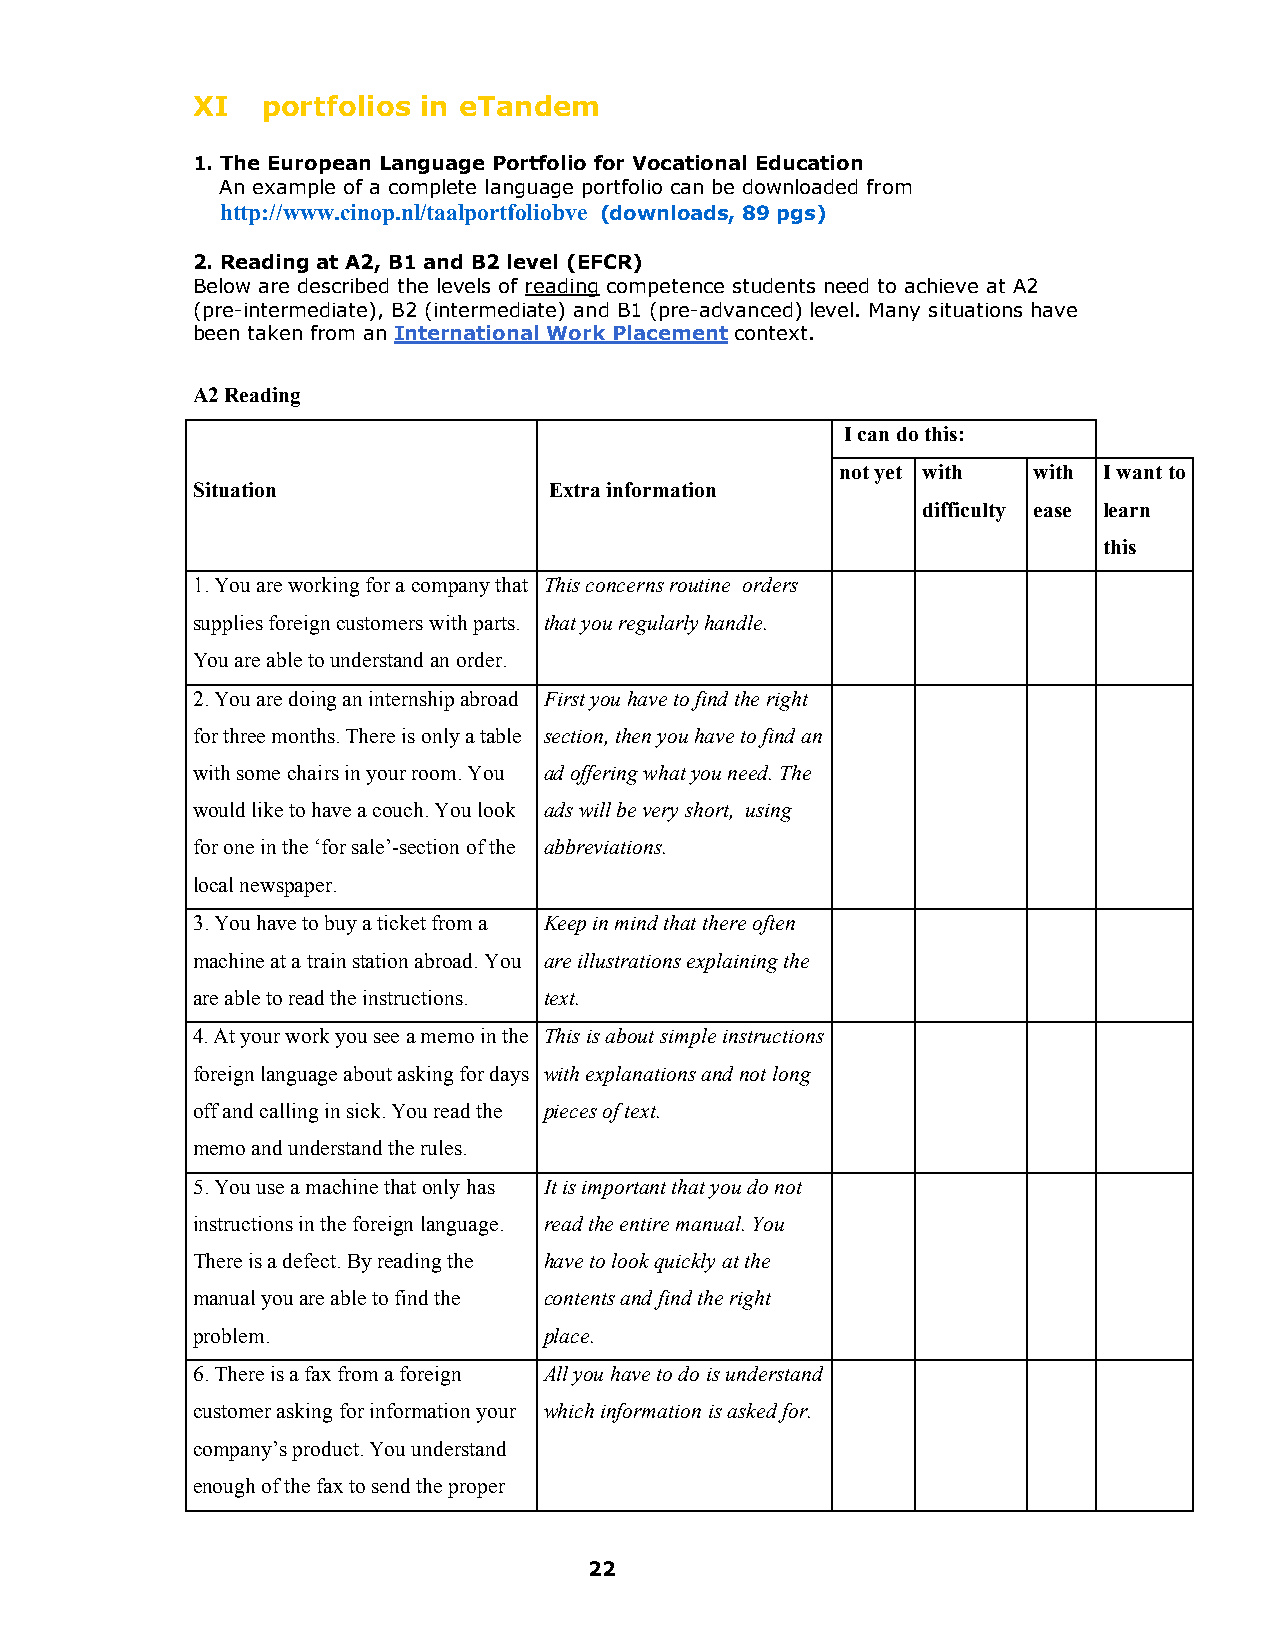
XI  portfolios in eTandem
 1. The European Language Portfolio for Vocational Education
 An example of a complete language portfolio can be downloaded from
 http://www.cinop.nl/taalportfoliobve (downloads, 89 pgs)
 2. Reading at A2, B1 and B2 level (EFCR)
 Below are described the levels of reading competence students need to achieve at A2
 (pre-intermediate), B2 (intermediate) and B1 (pre-advanced) level. Many situations have
 been taken from an International Work Placement context.
 A2 Reading
 I can do this:
 not yet with with I want to
 Situation              Extra information
 difficulty ease learn
 this
 1. You are working for a company that This concerns routine orders
 supplies foreign customers with parts. that you regularly handle.
 You are able to understand an order.
 2. You are doing an internship abroad First you have to find the right
 for three months. There is only a table section, then you have to find an
 with some chairs in your room. You ad offering what you need. The
 would like to have a couch. You look ads will be very short, using
 for one in the ‘for sale’-section of the abbreviations.
 local newspaper.
 3. You have to buy a ticket from a Keep in mind that there often
 machine at a train station abroad. You are illustrations explaining the
 are able to read the instructions. text.
 4. At your work you see a memo in the This is about simple instructions
 foreign language about asking for days with explanations and not long
 off and calling in sick. You read the pieces of text.
 memo and understand the rules.
 5. You use a machine that only has It is important that you do not
 instructions in the foreign language. read the entire manual. You
 There is a defect. By reading the have to look quickly at the
 manual you are able to find the contents and find the right
 problem.               place.
 6. There is a fax from a foreign All you have to do is understand
 customer asking for information your which information is asked for.
 company’s product. You understand
 enough of the fax to send the proper
 22